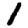
Digit: 1